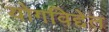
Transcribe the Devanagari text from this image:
योगविद्देत